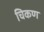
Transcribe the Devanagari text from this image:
चिकण